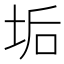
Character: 垢